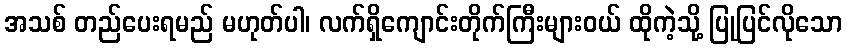
အသစ် တည်ပေးရမည် မဟုတ်ပါ၊ လက်ရှိကျောင်းတိုက်ကြီးများဝယ် ထိုကဲ့သို့ ပြုပြင်လိုသော